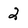
Character: 2